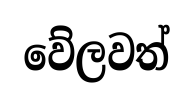
වේලවත්